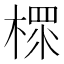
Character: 𣗶